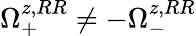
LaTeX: \Omega_{+}^{z,RR}\neq-\Omega_{-}^{z,RR}